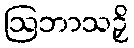
ဩဘာသဉှိ